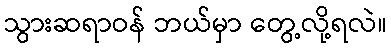
သွားဆရာဝန် ဘယ်မှာ တွေ့လို့ရလဲ။